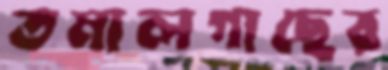
তমালগাছের